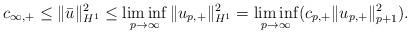
LaTeX: \begin{align*}c_{\infty,+}\leq \|\bar{u}\|^2_{H^1} \leq \liminf_{p\to\infty}\|u_{p,+}\|^2_{H^1}=\liminf_{p\to\infty}(c_{p,+} \|u_{p,+}\|^2_{p+1}).\end{align*}